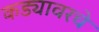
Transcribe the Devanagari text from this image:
कड्यावरचे